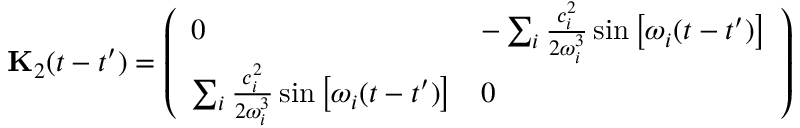
\mathbf { { K } } _ { 2 } ( t - t ^ { \prime } ) = \left( \begin{array} { l l } { 0 } & { - \sum _ { i } \frac { c _ { i } ^ { 2 } } { 2 \omega _ { i } ^ { 3 } } \sin \left[ \omega _ { i } ( t - t ^ { \prime } ) \right] } \\ { \sum _ { i } \frac { c _ { i } ^ { 2 } } { 2 \omega _ { i } ^ { 3 } } \sin \left[ \omega _ { i } ( t - t ^ { \prime } ) \right] } & { 0 } \end{array} \right)